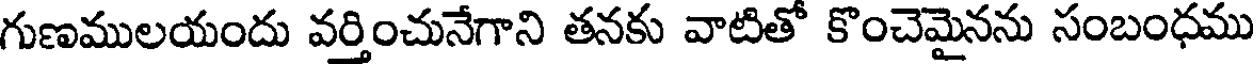
గుణములయందు వర్తించునేగాని తనకు వాటితో కొంచెమైనను సంబంధము